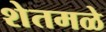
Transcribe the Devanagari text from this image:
शेतमळे